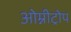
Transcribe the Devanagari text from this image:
ओम्नीट्रोप